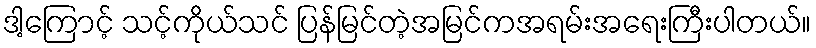
ဒါ့ကြောင့် သင့်ကိုယ်သင် ပြန်မြင်တဲ့အမြင်ကအရမ်းအရေးကြီးပါတယ်။